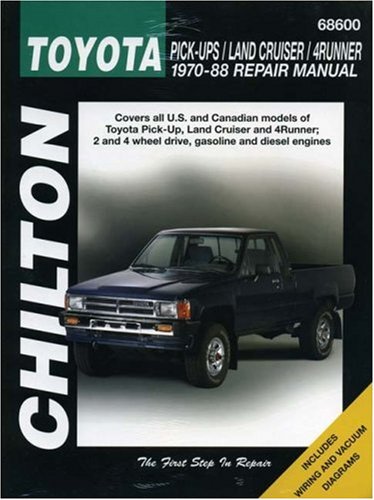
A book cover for Toyota Pick-ups, Land Cruiser, and 4-Runner, 1970-88 (Chilton Total Car Care Series Manuals); Chilton; Engineering & Transportation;